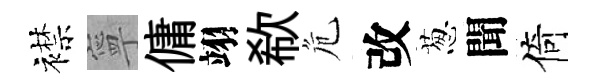
襟寧傭翊欷危改葱聞倚